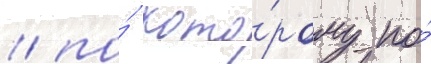
/ по́ кото́рому по́